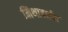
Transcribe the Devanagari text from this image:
मिथादर्शन